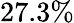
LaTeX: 27.3\%